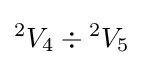
{}^{2}V_{4}\div {}^{2}V_{5}